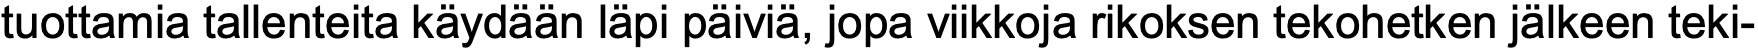
tuottamia tallenteita käydään läpi päiviä, jopa viikkoja rikoksen tekohetken jälkeen teki-